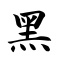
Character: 黑